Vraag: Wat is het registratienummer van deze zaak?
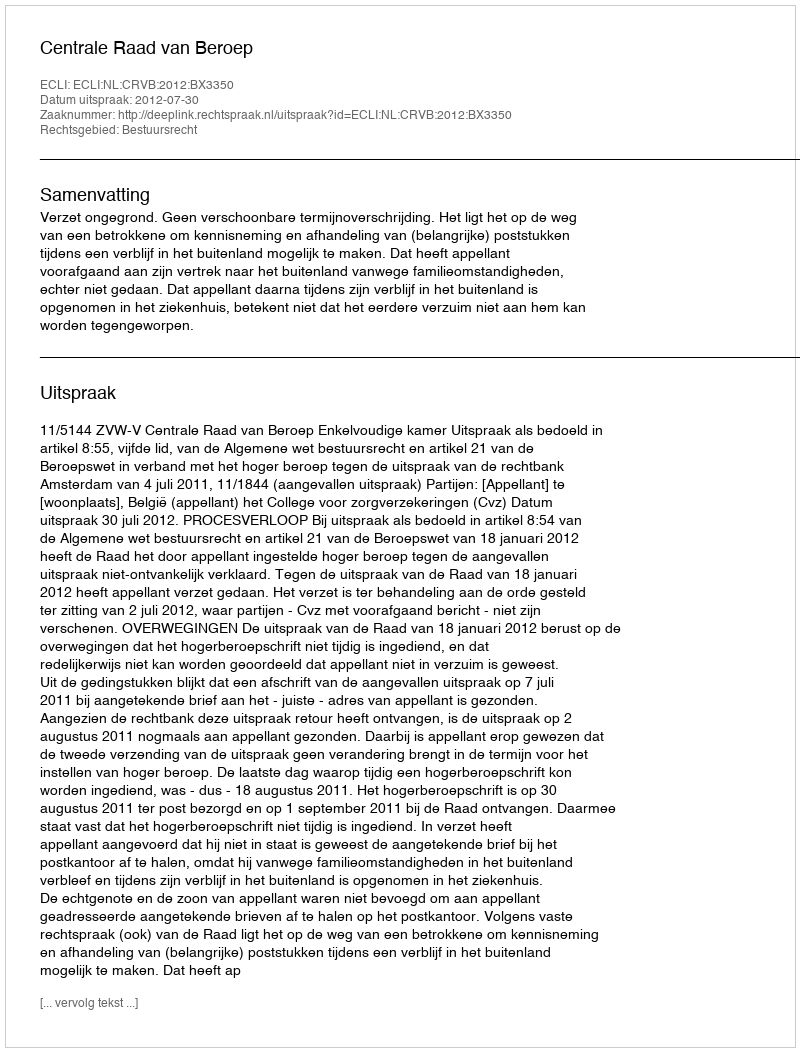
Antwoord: http://deeplink.rechtspraak.nl/uitspraak?id=ECLI:NL:CRVB:2012:BX3350